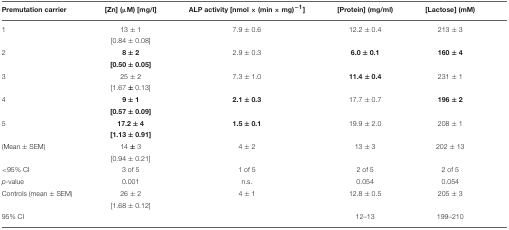
<table><thead><tr><td><b>Premutation carrier</b></td><td><b>[Zn] (μM) [mg/l]</b></td><td><b>ALP activity [nmol × (min × mg)<sup>−1</sup>]</b></td><td><b>[Protein] (mg/ml)</b></td><td><b>[Lactose] (mM)</b></td></tr></thead><tbody><tr><td>1</td><td>13 ± 1</td><td>7.9 ± 0.6</td><td>12.2 ± 0.4</td><td>213 ± 3</td></tr><tr><td></td><td>[0.84 ± 0.08]</td><td></td><td></td><td></td></tr><tr><td>2</td><td><b>8</b> ± <b>2</b></td><td>2.9 ± 0.3</td><td><b>6.0</b> ± <b>0.1</b></td><td><b>160</b> ± <b>4</b></td></tr><tr><td></td><td><b>[0.50</b> ± <b>0.05]</b></td><td></td><td></td><td></td></tr><tr><td>3</td><td>25 ± 2</td><td>7.3 ± 1.0</td><td><b>11.4</b> ± <b>0.4</b></td><td>231 ± 1</td></tr><tr><td></td><td>[1.67 ± 0.13]</td><td></td><td></td><td></td></tr><tr><td>4</td><td><b>9</b> ± <b>1</b></td><td><b>2.1</b> ± <b>0.3</b></td><td>17.7 ± 0.7</td><td><b>196</b> ± <b>2</b></td></tr><tr><td></td><td><b>[0.57</b> ± <b>0.09]</b></td><td></td><td></td><td></td></tr><tr><td>5</td><td><b>17.2</b> ± <b>4</b></td><td><b>1.5</b> ± <b>0.1</b></td><td>19.9 ± 2.0</td><td>208 ± 1</td></tr><tr><td></td><td><b>[1.13</b> ± <b>0.91]</b></td><td></td><td></td><td></td></tr><tr><td>(Mean ± SEM)</td><td>14 ± 3</td><td>4 ± 2</td><td>13 ± 3</td><td>202 ± 13</td></tr><tr><td></td><td>[0.94 ± 0.21]</td><td></td><td></td><td></td></tr><tr><td>&lt;95% CI</td><td>3 of 5</td><td>1 of 5</td><td>2 of 5</td><td>2 of 5</td></tr><tr><td><i>p</i>-value</td><td>0.001</td><td>n.s.</td><td>0.054</td><td>0.054</td></tr><tr><td>Controls (mean ± SEM)</td><td>26 ± 2</td><td>4 ± 1</td><td>12.8 ± 0.5</td><td>205 ± 3</td></tr><tr><td></td><td>[1.68 ± 0.12]</td><td></td><td></td><td></td></tr><tr><td>95% CI</td><td></td><td></td><td>12–13</td><td>199–210</td></tr></tbody></table>